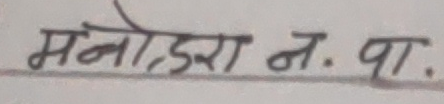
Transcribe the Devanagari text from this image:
मनोहरा न. पा.